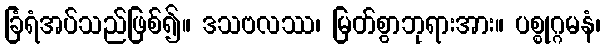
ခြံရံအပ်သည်ဖြစ်၍။ ဒသဗလဿ၊ မြတ်စွာဘုရားအား။ ပစ္စုဂ္ဂမနံ၊